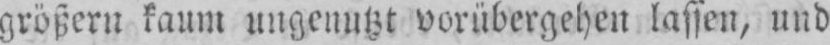
größern kaum ungenutzt vorübergehen lassen, und